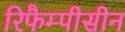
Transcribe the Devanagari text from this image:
रिफैम्पीसीन